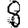
Digit: 8